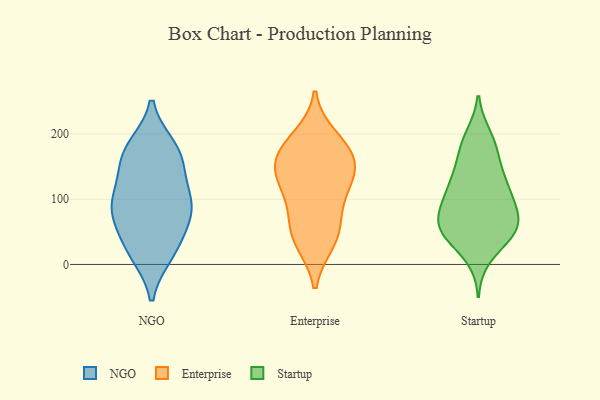
{"axis": {"x": "Humidity (%)", "y": "Value"}, "legend": ["Enterprise", "NGO", "Startup"], "data": [{"x": "", "y": 179, "type": "NGO"}, {"x": "", "y": 104, "type": "NGO"}, {"x": "", "y": 31, "type": "NGO"}, {"x": "", "y": 119, "type": "NGO"}, {"x": "", "y": 79, "type": "NGO"}, {"x": "", "y": 17, "type": "NGO"}, {"x": "", "y": 79, "type": "NGO"}, {"x": "", "y": 79, "type": "NGO"}, {"x": "", "y": 175, "type": "NGO"}, {"x": "", "y": 90, "type": "NGO"}, {"x": "", "y": 160, "type": "NGO"}, {"x": "", "y": 22, "type": "NGO"}, {"x": "", "y": 162, "type": "NGO"}, {"x": "", "y": 69, "type": "Enterprise"}, {"x": "", "y": 195, "type": "Enterprise"}, {"x": "", "y": 130, "type": "Enterprise"}, {"x": "", "y": 142, "type": "Enterprise"}, {"x": "", "y": 122, "type": "Enterprise"}, {"x": "", "y": 34, "type": "Enterprise"}, {"x": "", "y": 105, "type": "Enterprise"}, {"x": "", "y": 150, "type": "Enterprise"}, {"x": "", "y": 168, "type": "Enterprise"}, {"x": "", "y": 170, "type": "Enterprise"}, {"x": "", "y": 59, "type": "Enterprise"}, {"x": "", "y": 35, "type": "Enterprise"}, {"x": "", "y": 181, "type": "Enterprise"}, {"x": "", "y": 49, "type": "Startup"}, {"x": "", "y": 68, "type": "Startup"}, {"x": "", "y": 45, "type": "Startup"}, {"x": "", "y": 133, "type": "Startup"}, {"x": "", "y": 106, "type": "Startup"}, {"x": "", "y": 107, "type": "Startup"}, {"x": "", "y": 157, "type": "Startup"}, {"x": "", "y": 75, "type": "Startup"}, {"x": "", "y": 196, "type": "Startup"}, {"x": "", "y": 136, "type": "Startup"}, {"x": "", "y": 47, "type": "Startup"}, {"x": "", "y": 185, "type": "Startup"}, {"x": "", "y": 65, "type": "Startup"}, {"x": "", "y": 99, "type": "Startup"}, {"x": "", "y": 77, "type": "Startup"}, {"x": "", "y": 47, "type": "Startup"}, {"x": "", "y": 183, "type": "Startup"}, {"x": "", "y": 119, "type": "Startup"}, {"x": "", "y": 54, "type": "Startup"}, {"x": "", "y": 12, "type": "Startup"}]}